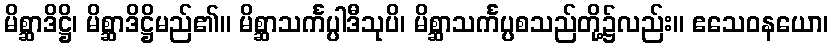
မိစ္ဆာဒိဋ္ဌိ၊ မိစ္ဆာဒိဋ္ဌိမည်၏။ မိစ္ဆာသင်္ကပ္ပါဒီသုပိ၊ မိစ္ဆာသင်္ကပ္ပစသည်တို့၌လည်း။ ဧသေဝနယော၊